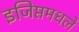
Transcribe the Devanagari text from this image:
इजिप्तमधले